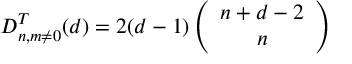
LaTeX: D _ { n , m \neq 0 } ^ { T } ( d ) = 2 ( d - 1 ) \left( \begin{array} { c } { { n + d - 2 } } \\ { { n } } \end{array} \right)